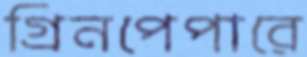
গ্রিনপেপারে